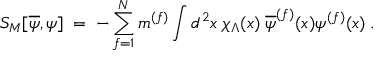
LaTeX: S _ { M } [ \overline { { { \psi } } } , \psi ] \; = \; - \sum _ { f = 1 } ^ { N } m ^ { ( f ) } \int d ^ { 2 } x \; \chi _ { \Lambda } ( x ) \; \overline { { { \psi } } } ^ { ( f ) } ( x ) \psi ^ { ( f ) } ( x ) \; .